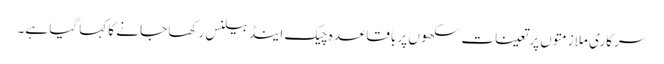
سرکاری ملازمتوں پر تعینات سکھوں پر باقاعدہ چیک اینڈ بیلنس رکھا جا نے کا کہا گیا ہے۔